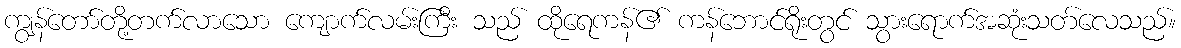
ကျွန်တော်တို့တက်လာသော ကျောက်လမ်းကြီး သည် ထိုရေကန်၏ ကန်ဘောင်ရိုးတွင် သွားရောက်အဆုံးသတ်လေသည်။